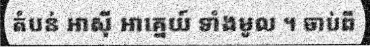
តំបន់ អាស៊ី អាគ្នេយ៍ ទាំងមូល ។ ចាប់ពី